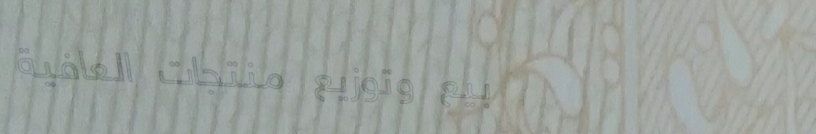
بيع وتوزيع منتجات العافية